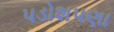
પડોશપણા